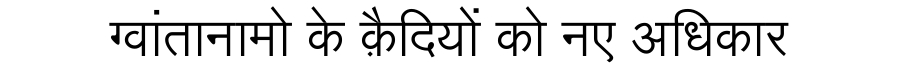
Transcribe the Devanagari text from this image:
ग्वांतानामो के क़ैदियों को नए अधिकार